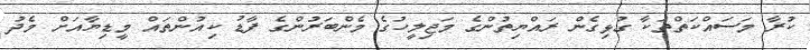
ކުރާ މަސައްކަތްތަކާ ގުޅިގެން ރައްޔިތުންގެ މަޖިލީހުގެ މެންބަރުންގެ ފާޑު ކިއުންތައް މީޑިޔާއަށް މެދު